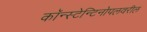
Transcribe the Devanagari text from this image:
कॉन्स्टेन्टिनोपलवरील